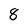
Character: 8